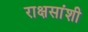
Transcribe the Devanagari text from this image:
राक्षसांशी